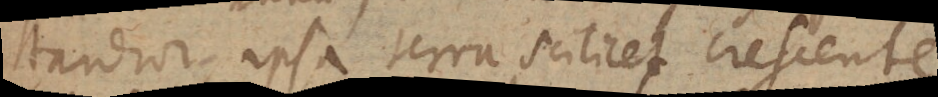
tardior, ipsa terra scilicet crescente